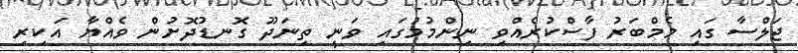
ޖަލްސާ ގައި މެމްބަރު ފާސްކުރެއްވި ނިންމުމުގައި ވަނީ ތިނަދޫ ގޮނޑުދޮށުން ވެއްޔާ އަކިރި